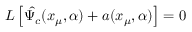
L \left[ \hat { \Psi _ { c } } ( x _ { \mu } , \alpha ) + a ( x _ { \mu } , \alpha ) \right] = 0